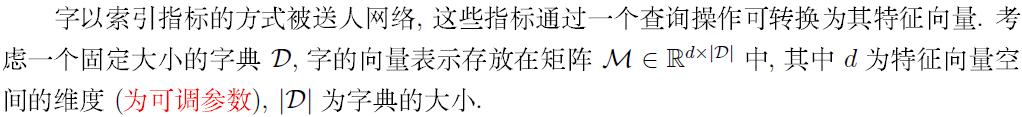
字以索引指标的方式被送人网络，这些指标通过一个查询操作可转换为其特征向量. 考虑一个固定大小的字典 $\mathcal{D}$，字的向量表示存放在矩阵 $\mathcal{M} \in \mathbb{R}^{d \times |\mathcal{D}|}$ 中，其中 $d$ 为特征向量空间的维度 (为可调参数)，$|\mathcal{D}|$ 为字典的大小.